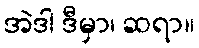
အဲဒါ ဒီမှာ၊ ဆရာ။